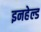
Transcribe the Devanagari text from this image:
इनहेल्ड